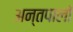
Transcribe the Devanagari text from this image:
अन्तपालों